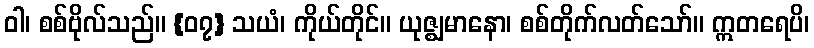
ဝါ၊ စစ်ဗိုလ်သည်။ {၀၇} သယံ၊ ကိုယ်တိုင်။ ယုဇ္ဈမာနော၊ စစ်တိုက်လတ်သော်။ ဣတရေပိ၊